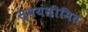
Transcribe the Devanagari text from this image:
स्वयंसीमित